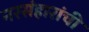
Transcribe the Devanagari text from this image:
नरसंहारांची